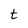
Character: t